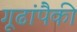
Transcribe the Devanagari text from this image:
गूढांपैकी